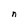
Character: n